Annual report of the Punjab Veterinary College and of the Civil Veterinary Department, Punjab - 1920-1925
Year: 1920
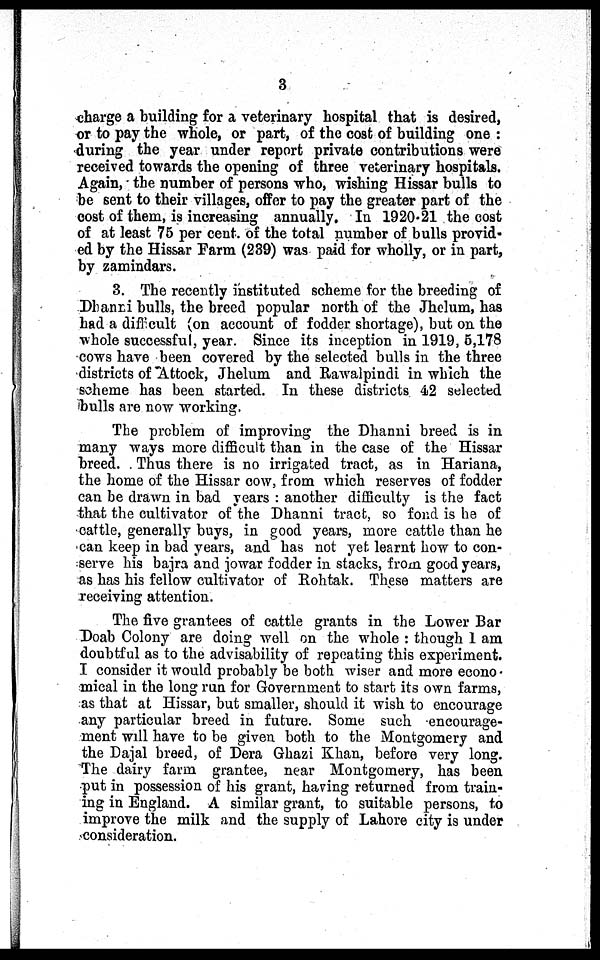
3
charge a building for a veterinary hospital that is desired,
or to pay the whole, or part, of the cost of building one:
during the year under report private contributions were
received towards the opening of three veterinary hospitals.
Again, the number of persons who, wishing Hissar bulls to
be sent to their villages, offer to pay the greater part of the
cost of them, is increasing annually. In 1920-21 the cost
of at least 75 per cent. of the total number of bulls provid-
ed by the Hissar Farm (239) was paid for wholly, or in part,
by zamindars.
3. The recently instituted scheme for the breeding of
Dhanni bulls, the breed popular north of the Jhelum, has
had a difficult (on account of fodder shortage), but on the
whole successful, year. Since its inception in 1919, 5,178
cows have been covered by the selected bulls in the three
districts of Attock, Jhelum and Rawalpindi in which the
scheme has been started. In these districts 42 selected
bulls are now working.
The problem of improving the Dhanni breed is in
many ways more difficult than in the case of the Hissar
breed. Thus there is no irrigated tract, as in Hariana,
the home of the Hissar cow, from which reserves of fodder
can be drawn in bad years: another difficulty is the fact
that the cultivator of the Dhanni tract, so fond is he of
cattle, generally buys, in good years, more cattle than he
can keep in bad years, and has not yet learnt how to con-
serve his bajra and jowar fodder in stacks, from good years,
as has his fellow cultivator of Rohtak. These matters are
receiving attention.
The five grantees of cattle grants in the Lower Bar
Doab Colony are doing well on the whole: though I am
doubtful as to the advisability of repeating this experiment.
I consider it would probably be both wiser and more econo-
mical in the long run for Government to start its own farms,
as that at Hissar, but smaller, should it wish to encourage
any particular breed in future. Some such encourage-
ment will have to be given both to the Montgomery and
the Dajal breed, of Dera Ghazi Khan, before very long.
The dairy farm grantee, near Montgomery, has been
put in possession of his grant, having returned from train-
ing in England. A similar grant, to suitable persons, to
improve the milk and the supply of Lahore city is under
consideration.